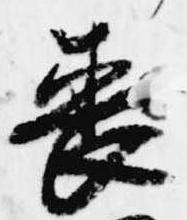
喪